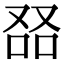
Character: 𠭎